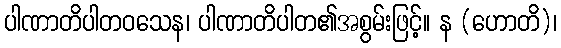
ပါဏာတိပါတဝသေန၊ ပါဏာတိပါတ၏အစွမ်းဖြင့်။ န (ဟောတိ)၊